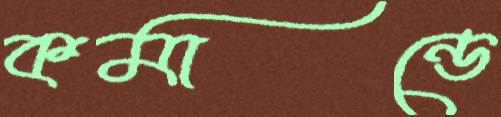
কমান্ডে